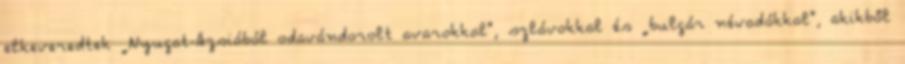
elkeveredtek „Nyugat-Ázsiából odavándorolt avarokkal", szlávokkal és „bulgár névadókkal", akikből